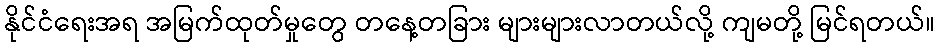
နိုင်ငံရေးအရ အမြက်ထုတ်မှုတွေ တနေ့တခြား များများလာတယ်လို့ ကျမတို့ မြင်ရတယ်။